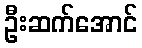
ဦးဆက်အောင်